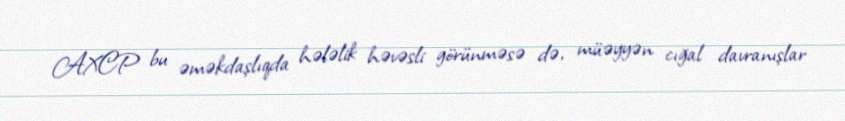
AXCP bu əməkdaşlıqda hələlik həvəsli görünməsə də, müəyyən cığal davranışlar